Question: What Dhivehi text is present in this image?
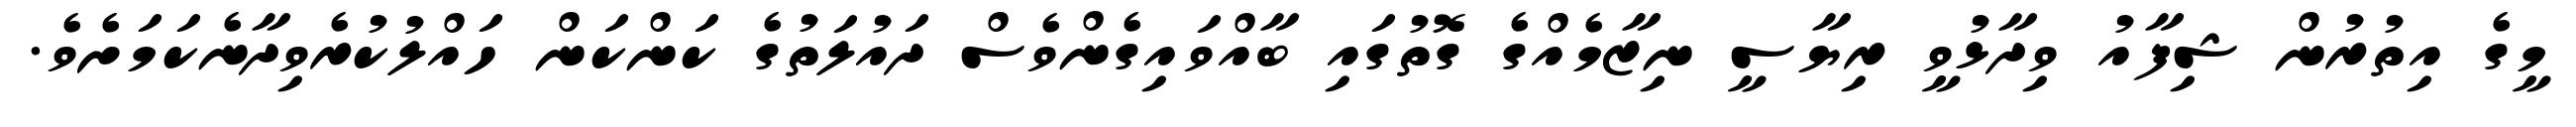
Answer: މީގެ އިތުރުން ޝިފާއު ވިދާޅުވީ ރިޔާސީ ނިޒާމެއްގެ ގޮތުގައި ބާއްވައިގެންވެސް ދައުލަތުގެ ކަންކަން ހައްލުކުރެވިދާނެކަމަށެވެ.